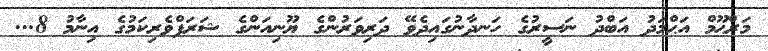
މަރްޙޫމް އަޙްމަދު އަބްދު ނަސީރުގެ ހަނދާނުގައިދެވޭ ދަރިވަރުންގެ ޔޫނިއަންގެ ޝަރަފްވެރިކަމުގެ އިނާމު 8...